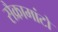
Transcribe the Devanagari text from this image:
सैक्रामांटो